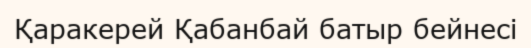
Қаракерей Қабанбай батыр бейнесі